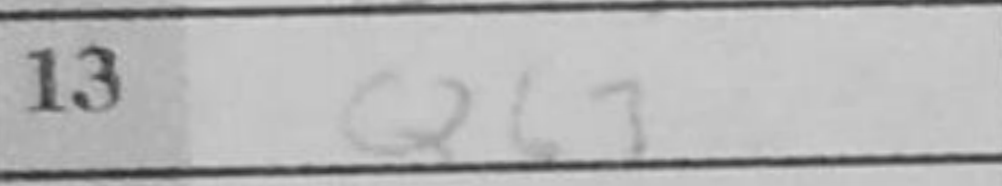
Transcription: Qb3